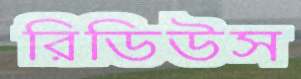
রিডিউস